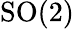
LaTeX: {\mathrm{SO}}(2)